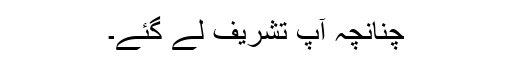
چنانچہ آپؐ تشریف لے گئے۔